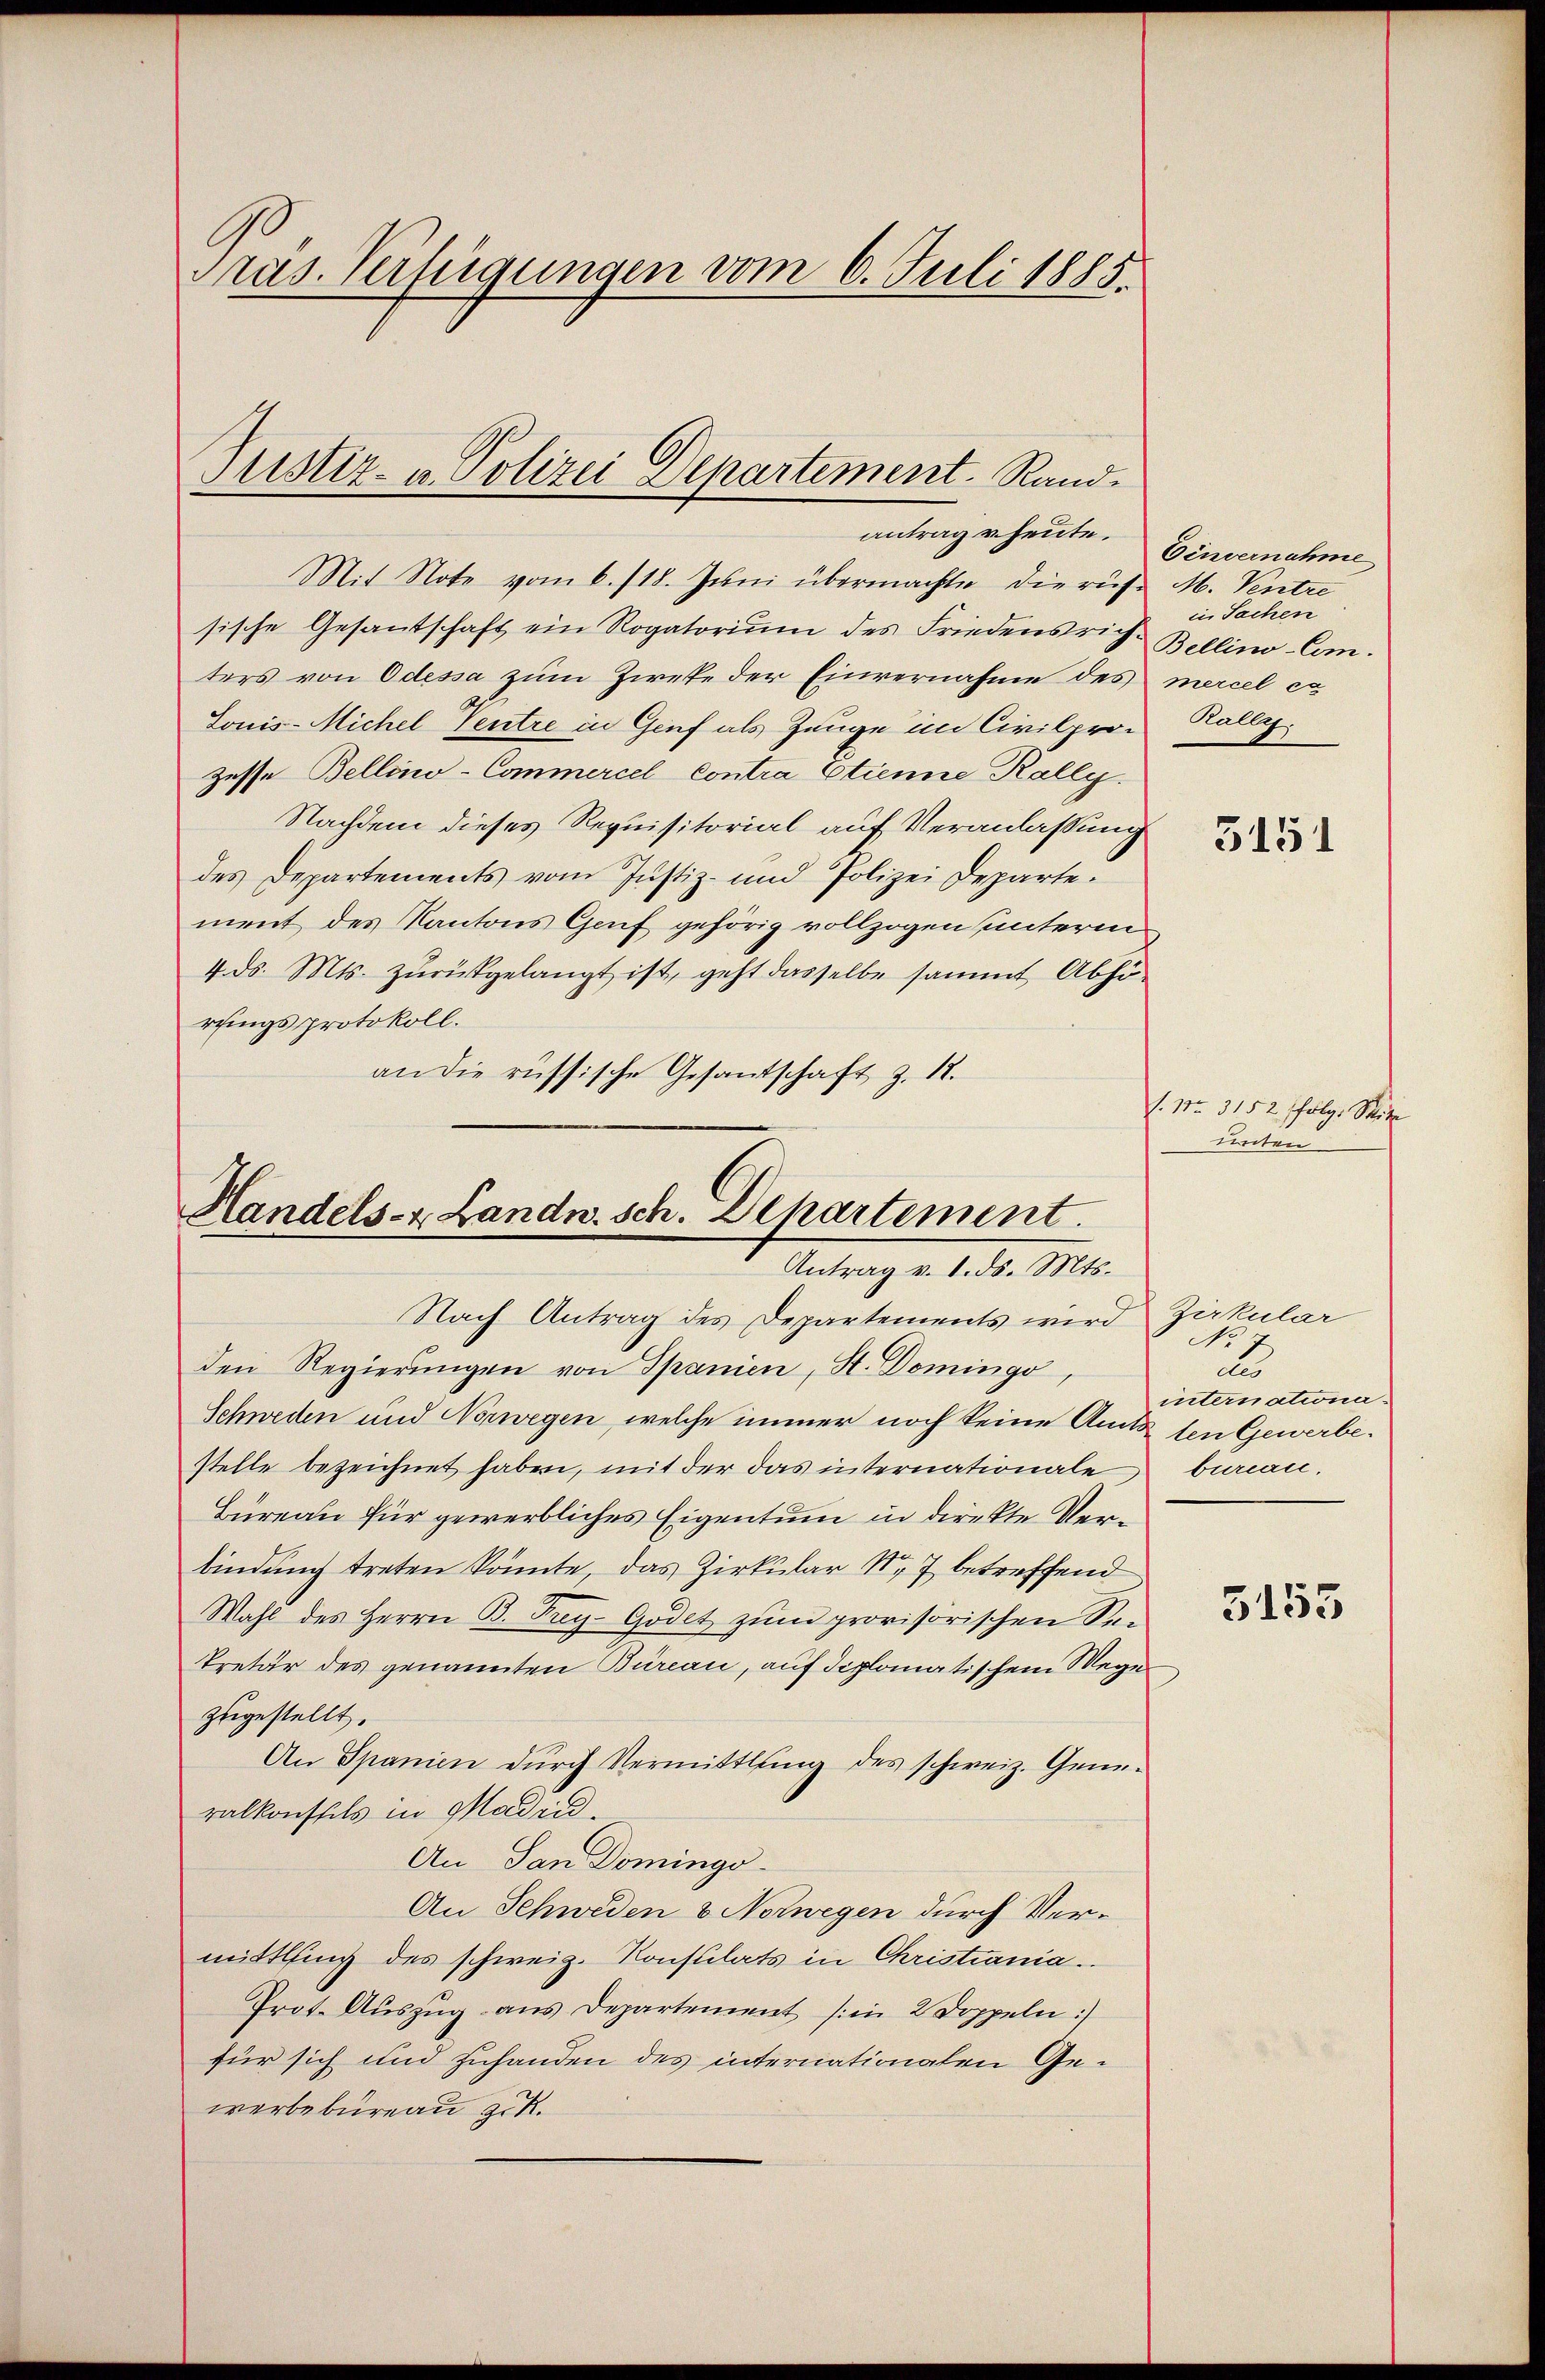
Pras. Verfügungen vom 6. Juli 1885.

Justiz- u. Polizei Departement. Rand-

Mit Note vom 6./18. Juni übermachte die rufe M. Ventre
sische Gesantschaft ein Rogatoriŭm des Friedensrich-Bellino-Com-
ters von Odessa zum Zweke der Einvernahme des mercel ca
Sonis-Michel Ventre in Genf als Zeuge im Civilprozesse Bellino-Commercel Contra Etienne Kally.
Nachdem dieses Requisitorial auf Veranlassung
des Departements vom Justiz- und Polizei Departement des Kantons Genf gehörig vollzogen unterm
4. ds. Mts. zurückgelangt ist, geht dasselbe sammt Abhördingsprotokoll.
an die russische Gesantschaft z. 12.

Handels- & Landn. sch. Departement.
Antrag v. 1. ds. Mts.

Nach Antrag des Departements wird
den Regierŭngen von Spanien, St. Domingo,
Schweden und Norwegen, welche immer noch keine Amts ten Gewerbestelle bezeichnet haben, mit der das internationale
Bureau für gewerbliches Eigentum in direkte Verbindung treten könnte, das Zirkular Nr. 7 betreffend
Wahl des Herrn B. Frey-Godet zum provisorischen Sekretär des genannten Bureau, auf diplomatischem Wege
zugestellt.
An Spanien dŭrch Vermittlung des schweiz. Gene-
ralkonstals in Madin.
An San Domingo
An Schweden & Norwegen durch Vermittling des schweiz. Konsulats in Christiania.
Prot. Auszug aus Departement (in 2 Doppeln)
für sich und zuhanden des internationalen Gewerbebureau zuk

antrag u. heute.

Einvernahme
in Sachen
Kally,

3151

1. 11. 3152 folg. Seite
unten

Zirkular
No 77
du
internationabureau.

5153